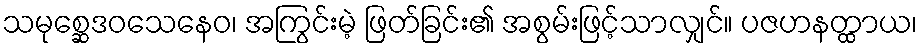
သမုစ္ဆေဒဝသေနေဝ၊ အကြွင်းမဲ့ ဖြတ်ခြင်း၏ အစွမ်းဖြင့်သာလျှင်။ ပဇဟနတ္ထာယ၊